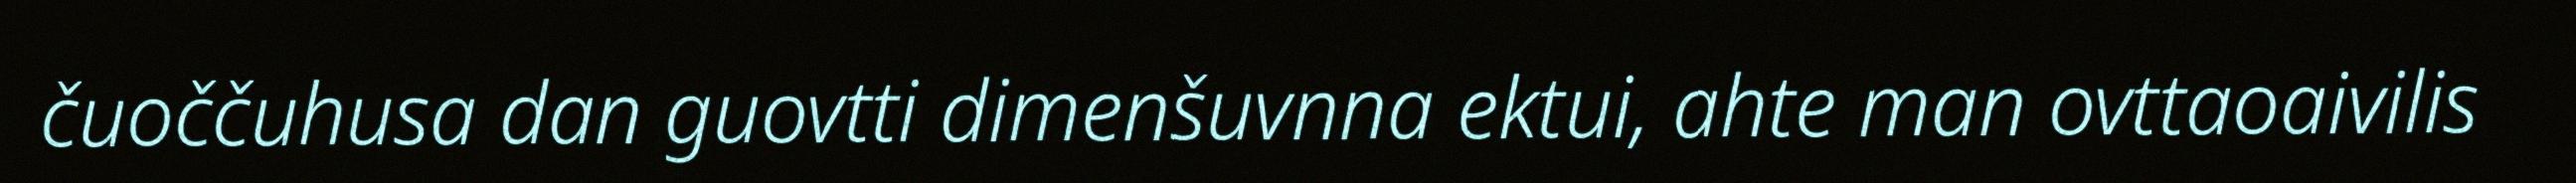
čuoččuhusa dan guovtti dimenšuvnna ektui, ahte man ovttaoaivilis